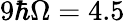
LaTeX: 9\hbar\Omega=4.5